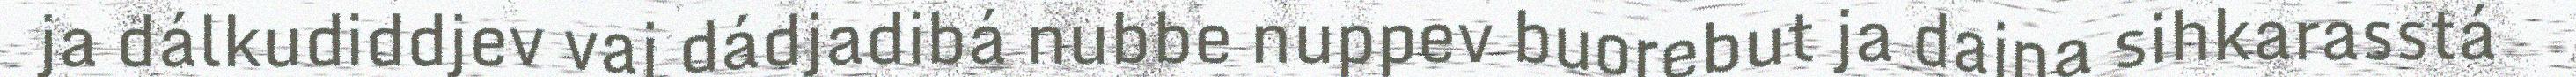
ja dálkudiddjev vaj dádjadibá nubbe nuppev buorebut ja dajna sihkarasstá